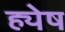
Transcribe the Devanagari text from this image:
ह्येष